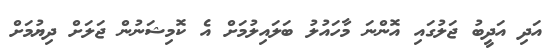
އަދި އަދީބު ޖަލުގައި އޮންނަ މާހައުލު ބަލައިލުމަށް އެ ކޮމިޝަނުން ޖަލަށް ދިޔުމަށް